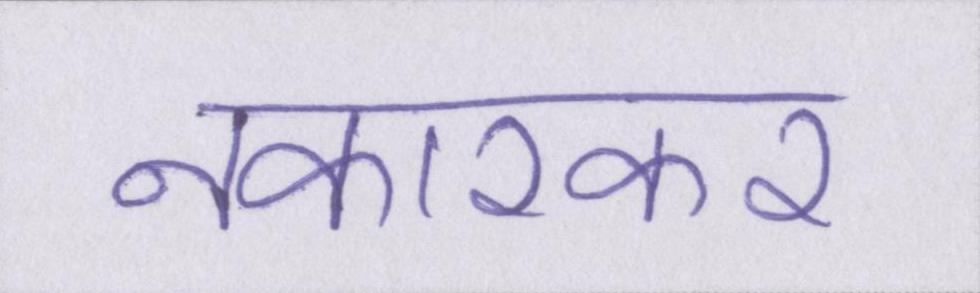
नकारकर